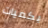
بكميات